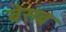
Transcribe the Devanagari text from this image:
बेसब्र